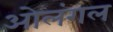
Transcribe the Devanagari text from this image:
ओलंगल